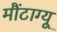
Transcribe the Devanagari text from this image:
मौंटाग्यू